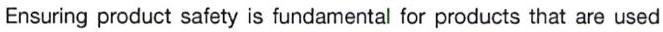
Ensuring product safety is fundamental for products that are used